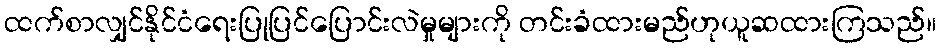
ထက်စာလျှင်နိုင်ငံရေးပြုပြင်ပြောင်းလဲမှုများကို တင်းခံထားမည်ဟုယူဆထားကြသည်။